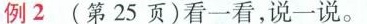
例2 (第25页)看一看，说一说。